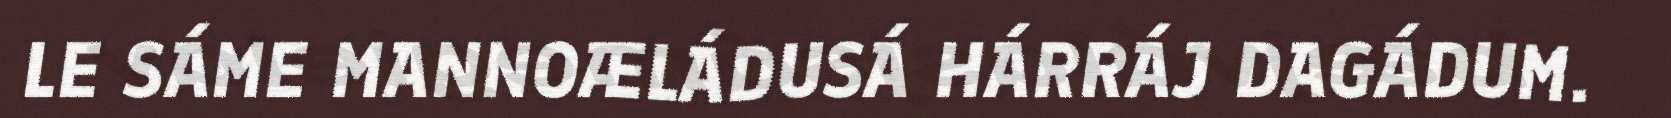
LE SÁME MANNOÆLÁDUSÁ HÁRRÁJ DAGÁDUM.